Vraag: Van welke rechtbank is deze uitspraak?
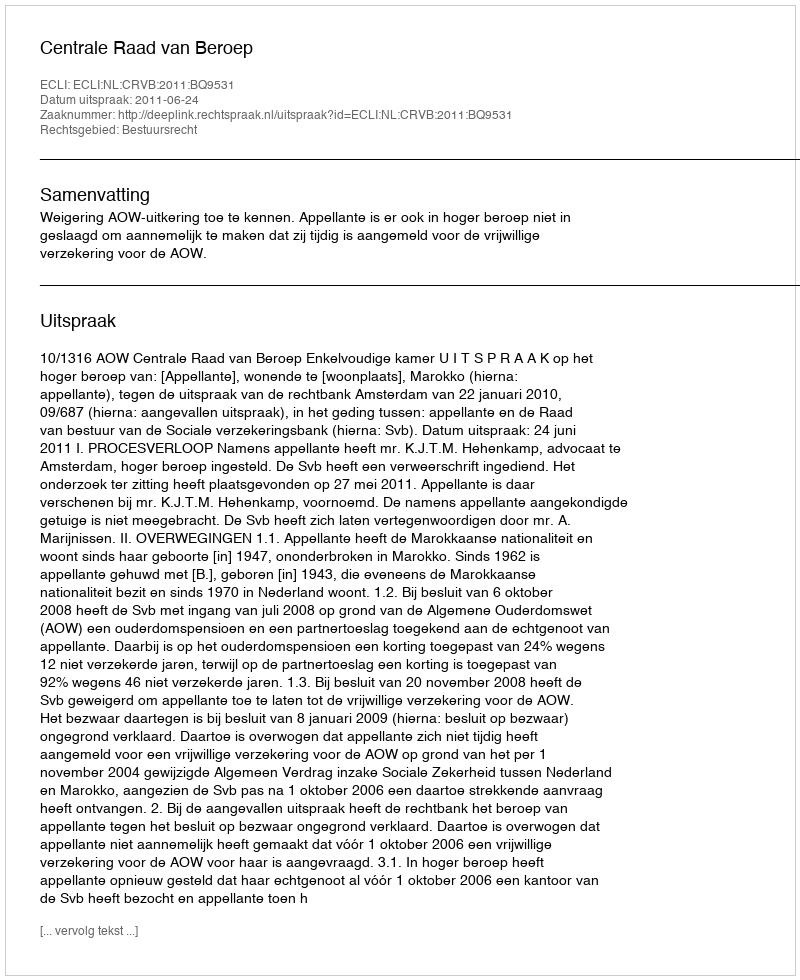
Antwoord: Centrale Raad van Beroep